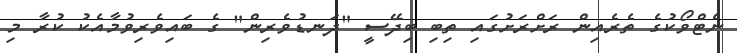
ނެޓްވޯކުގެ ތެރެއިން ރަށްރަށުގައި ތިބި ބިދޭސީ "ދަނޑުވެރިން" ގެ ބައިވެރިވުމާއެކު ކުރާ މި